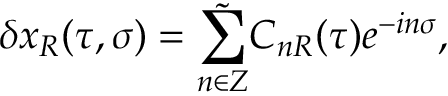
\delta x _ { R } ( \tau , \sigma ) = \tilde { \sum _ { n \in Z } } C _ { n R } ( \tau ) e ^ { - i n \sigma } ,